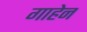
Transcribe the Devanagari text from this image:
गाहेन